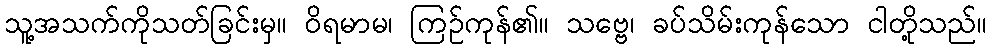
သူ့အသက်ကိုသတ်ခြင်းမှ။ ဝိရမာမ၊ ကြဉ်ကုန်၏။ သဗ္ဗေ၊ ခပ်သိမ်းကုန်သော ငါတို့သည်။